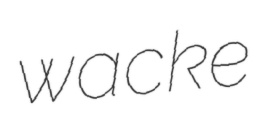
wacke